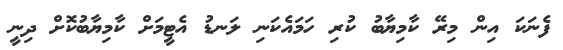
ފެނަކަ އިން މިރޭ ކާމިޔާބު ކުރި ހަމައެކަނި ލަނޑު އެޓީމަށް ކާމިޔާބުކޮށް ދިނީ